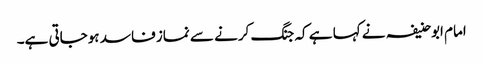
امام ابوحنیفہ نے کہا ہے کہ جنگ کرنے سے نماز فاسد ہوجاتی ہے۔